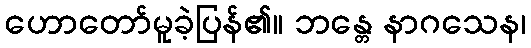
ဟောတော်မူခဲ့ပြန်၏။ ဘန္တေ နာဂသေန၊